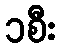
၁စီး